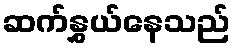
ဆက်နွှယ်နေသည်